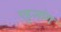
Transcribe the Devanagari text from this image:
एहुआंग